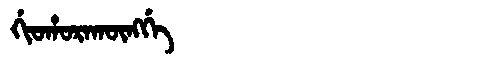
Manchu: ᡤᡳᠣᡥᠣᡵᠠᡴᡡᠩᡤᡝ
Romanization: GIOHORAKŪNGGE